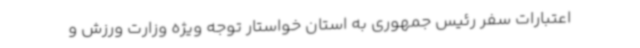
اعتبارات سفر رئیس جمهوری به استان خواستار توجه ویژه وزارت ورزش و